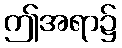
ဤအရာ၌